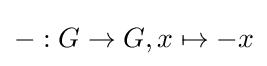
-:G\to G,x\mapsto -x